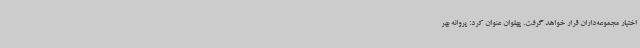
اختیار مجموعه‌داران قرار خواهد گرفت. پهلوان عنوان کرد: پروانه بهر